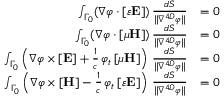
{ \begin{array} { r l } { \int _ { \Gamma _ { 0 } } ( \nabla \varphi \cdot [ \varepsilon \mathbf { E } ] ) \, { \frac { d S } { \| \nabla ^ { 4 D } \varphi \| } } } & { = 0 } \\ { \int _ { \Gamma _ { 0 } } ( \nabla \varphi \cdot [ \mu \mathbf { H } ] ) \, { \frac { d S } { \| \nabla ^ { 4 D } \varphi \| } } } & { = 0 } \\ { \int _ { \Gamma _ { 0 } } \left( \nabla \varphi \times [ \mathbf { E } ] + { \frac { 1 } { c } } \, \varphi _ { t } \, [ \mu \mathbf { H } ] \right) \, { \frac { d S } { \| \nabla ^ { 4 D } \varphi \| } } } & { = 0 } \\ { \int _ { \Gamma _ { 0 } } \left( \nabla \varphi \times [ \mathbf { H } ] - { \frac { 1 } { c } } \, \varphi _ { t } \, [ \varepsilon \mathbf { E } ] \right) \, { \frac { d S } { \| \nabla ^ { 4 D } \varphi \| } } } & { = 0 } \end{array} }